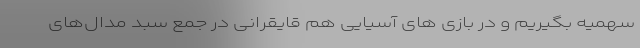
سهمیه بگیریم و در بازی های آسیایی هم قایقرانی در جمع سبد مدال‌های